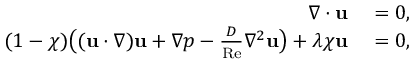
\begin{array} { r l } { \nabla \cdot \mathbf { u } } & { { } = 0 , } \\ { ( 1 - \chi ) \big ( ( \mathbf { u } \cdot \nabla ) \mathbf { u } + \nabla p - \frac { D } { \mathrm { R e } } \nabla ^ { 2 } \mathbf { u } \big ) + \lambda \chi \mathbf { u } } & { { } = 0 , } \end{array}